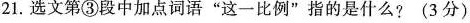
21.选文第③段中加点词话”这一比例”指的是什么?(3分)